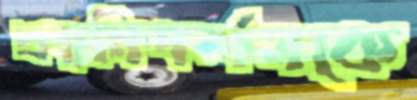
প্রত্ননিদর্শনকে